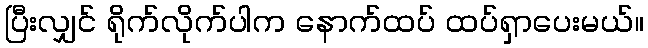
ပြီးလျှင် ရိုက်လိုက်ပါက နောက်ထပ် ထပ်ရှာပေးမယ်။